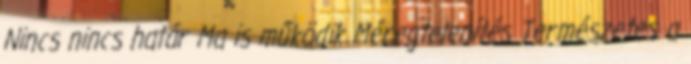
Nincs nincs határ Ma is működik Méregtelenítés Természetes a